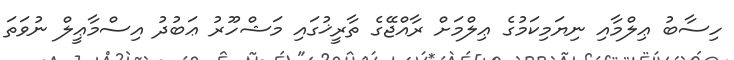
ހިސާބު ޢިލްމާއި ނިޔަމިކަމުގެ ޢިލްމަށް ރާއްޖޭގެ ތާރީޚުގައި މަޝްހޫރު ޢަބުދު އިސްމާޢީލް ނުވަތަ